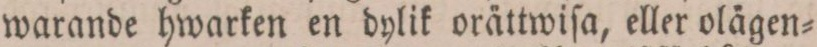
warande hwarken en dylik orättwiſa, eller olägen=